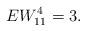
LaTeX: \begin{align*} EW_{11}^{4}=3.\end{align*}